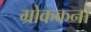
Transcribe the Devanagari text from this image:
ग्रोककनो